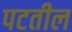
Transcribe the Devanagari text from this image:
पटतील